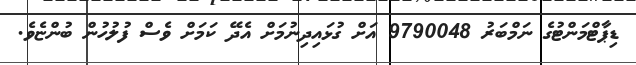
ޑިޕާޓްމަންޓުގެ ނަމްބަރު 9790048 އަށް ގުޅައިދިނުމަށް އެދޭ ކަމަށް ވެސް ފުލުހުން ބުންޏެވެ.